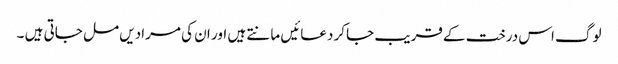
لوگ اس درخت کے قریب جاکر دعائیں مانتے ہیں اور ان کی مرادیں مل جاتی ہیں ۔